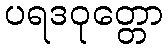
ပရဒဝုတ္တော